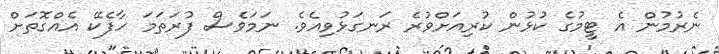
ނެރުމުން އެ ޓީމުގެ ކުޅުން ކުރިއަށްވުރެ ރަނގަޅުވިއެވެ. ނަމަވެސް ފުރަތަމަ ހާފެކޭ އެއްގޮތަށް